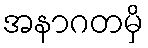
အနာဂတမှိ